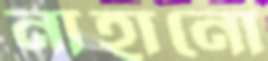
নাহানো